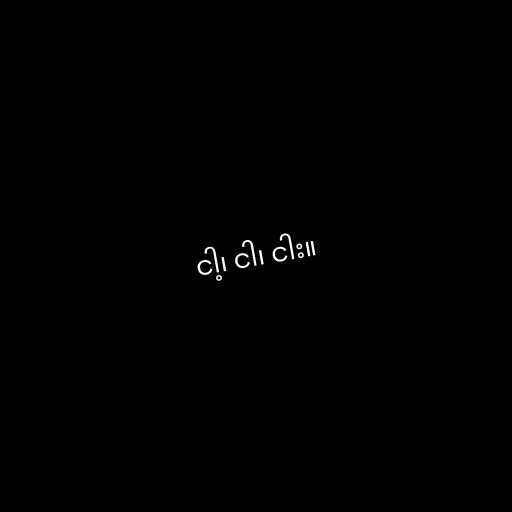
ငါ့၊ ငါ၊ ငါး။